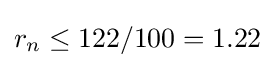
r_{n}\leq 122/100=1.22